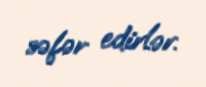
səfər edirlər.